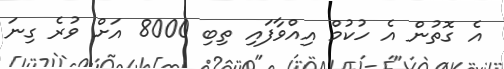
އެ ގޮތުން އެ ހުކުމް އިއްވާފައި ތިބި 8000 އަށް ވުރެ ގިނަ